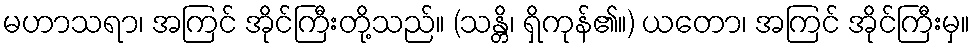
မဟာသရာ၊ အကြင် အိုင်ကြီးတို့သည်။ (သန္တိ၊ ရှိကုန်၏။) ယတော၊ အကြင် အိုင်ကြီးမှ။